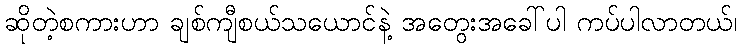
ဆိုတဲ့စကားဟာ ချစ်ကျီစယ်သယောင်နဲ့ အတွေးအခေါ်ပါ ကပ်ပါလာတယ်၊